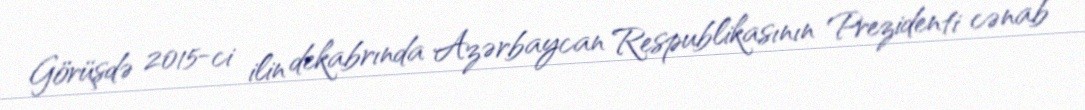
Görüşdə 2015-ci ilin dekabrında Azərbaycan Respublikasının Prezidenti cənab